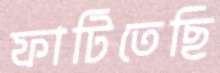
ফাটিতেছি